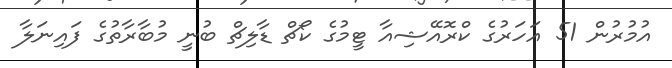
އުމުރުން 51 އަހަރުގެ ކްރޮއޭޝިއާ ޓީމުގެ ކޯޗް ޑާލިޗް ބުނީ މުބާރާތުގެ ފައިނަލާ